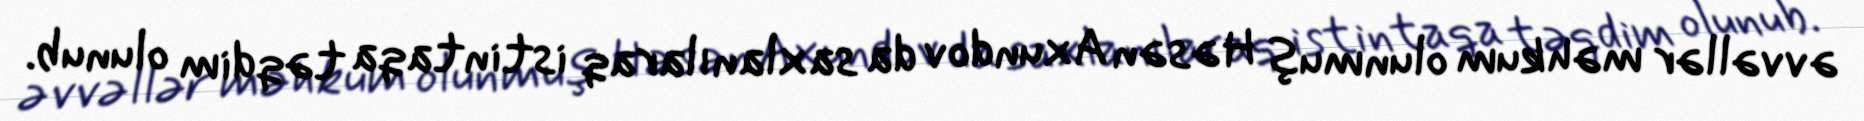
əvvəllər məhkum olunmuş Həsən Axundov da saxlanılaraq istintaqa təqdim olunub.